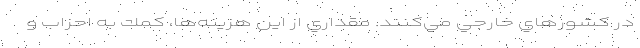
در كشورهاي خارجي مي‌كنند. مقداري از اين هزينه‌ها، كمك به احزاب و